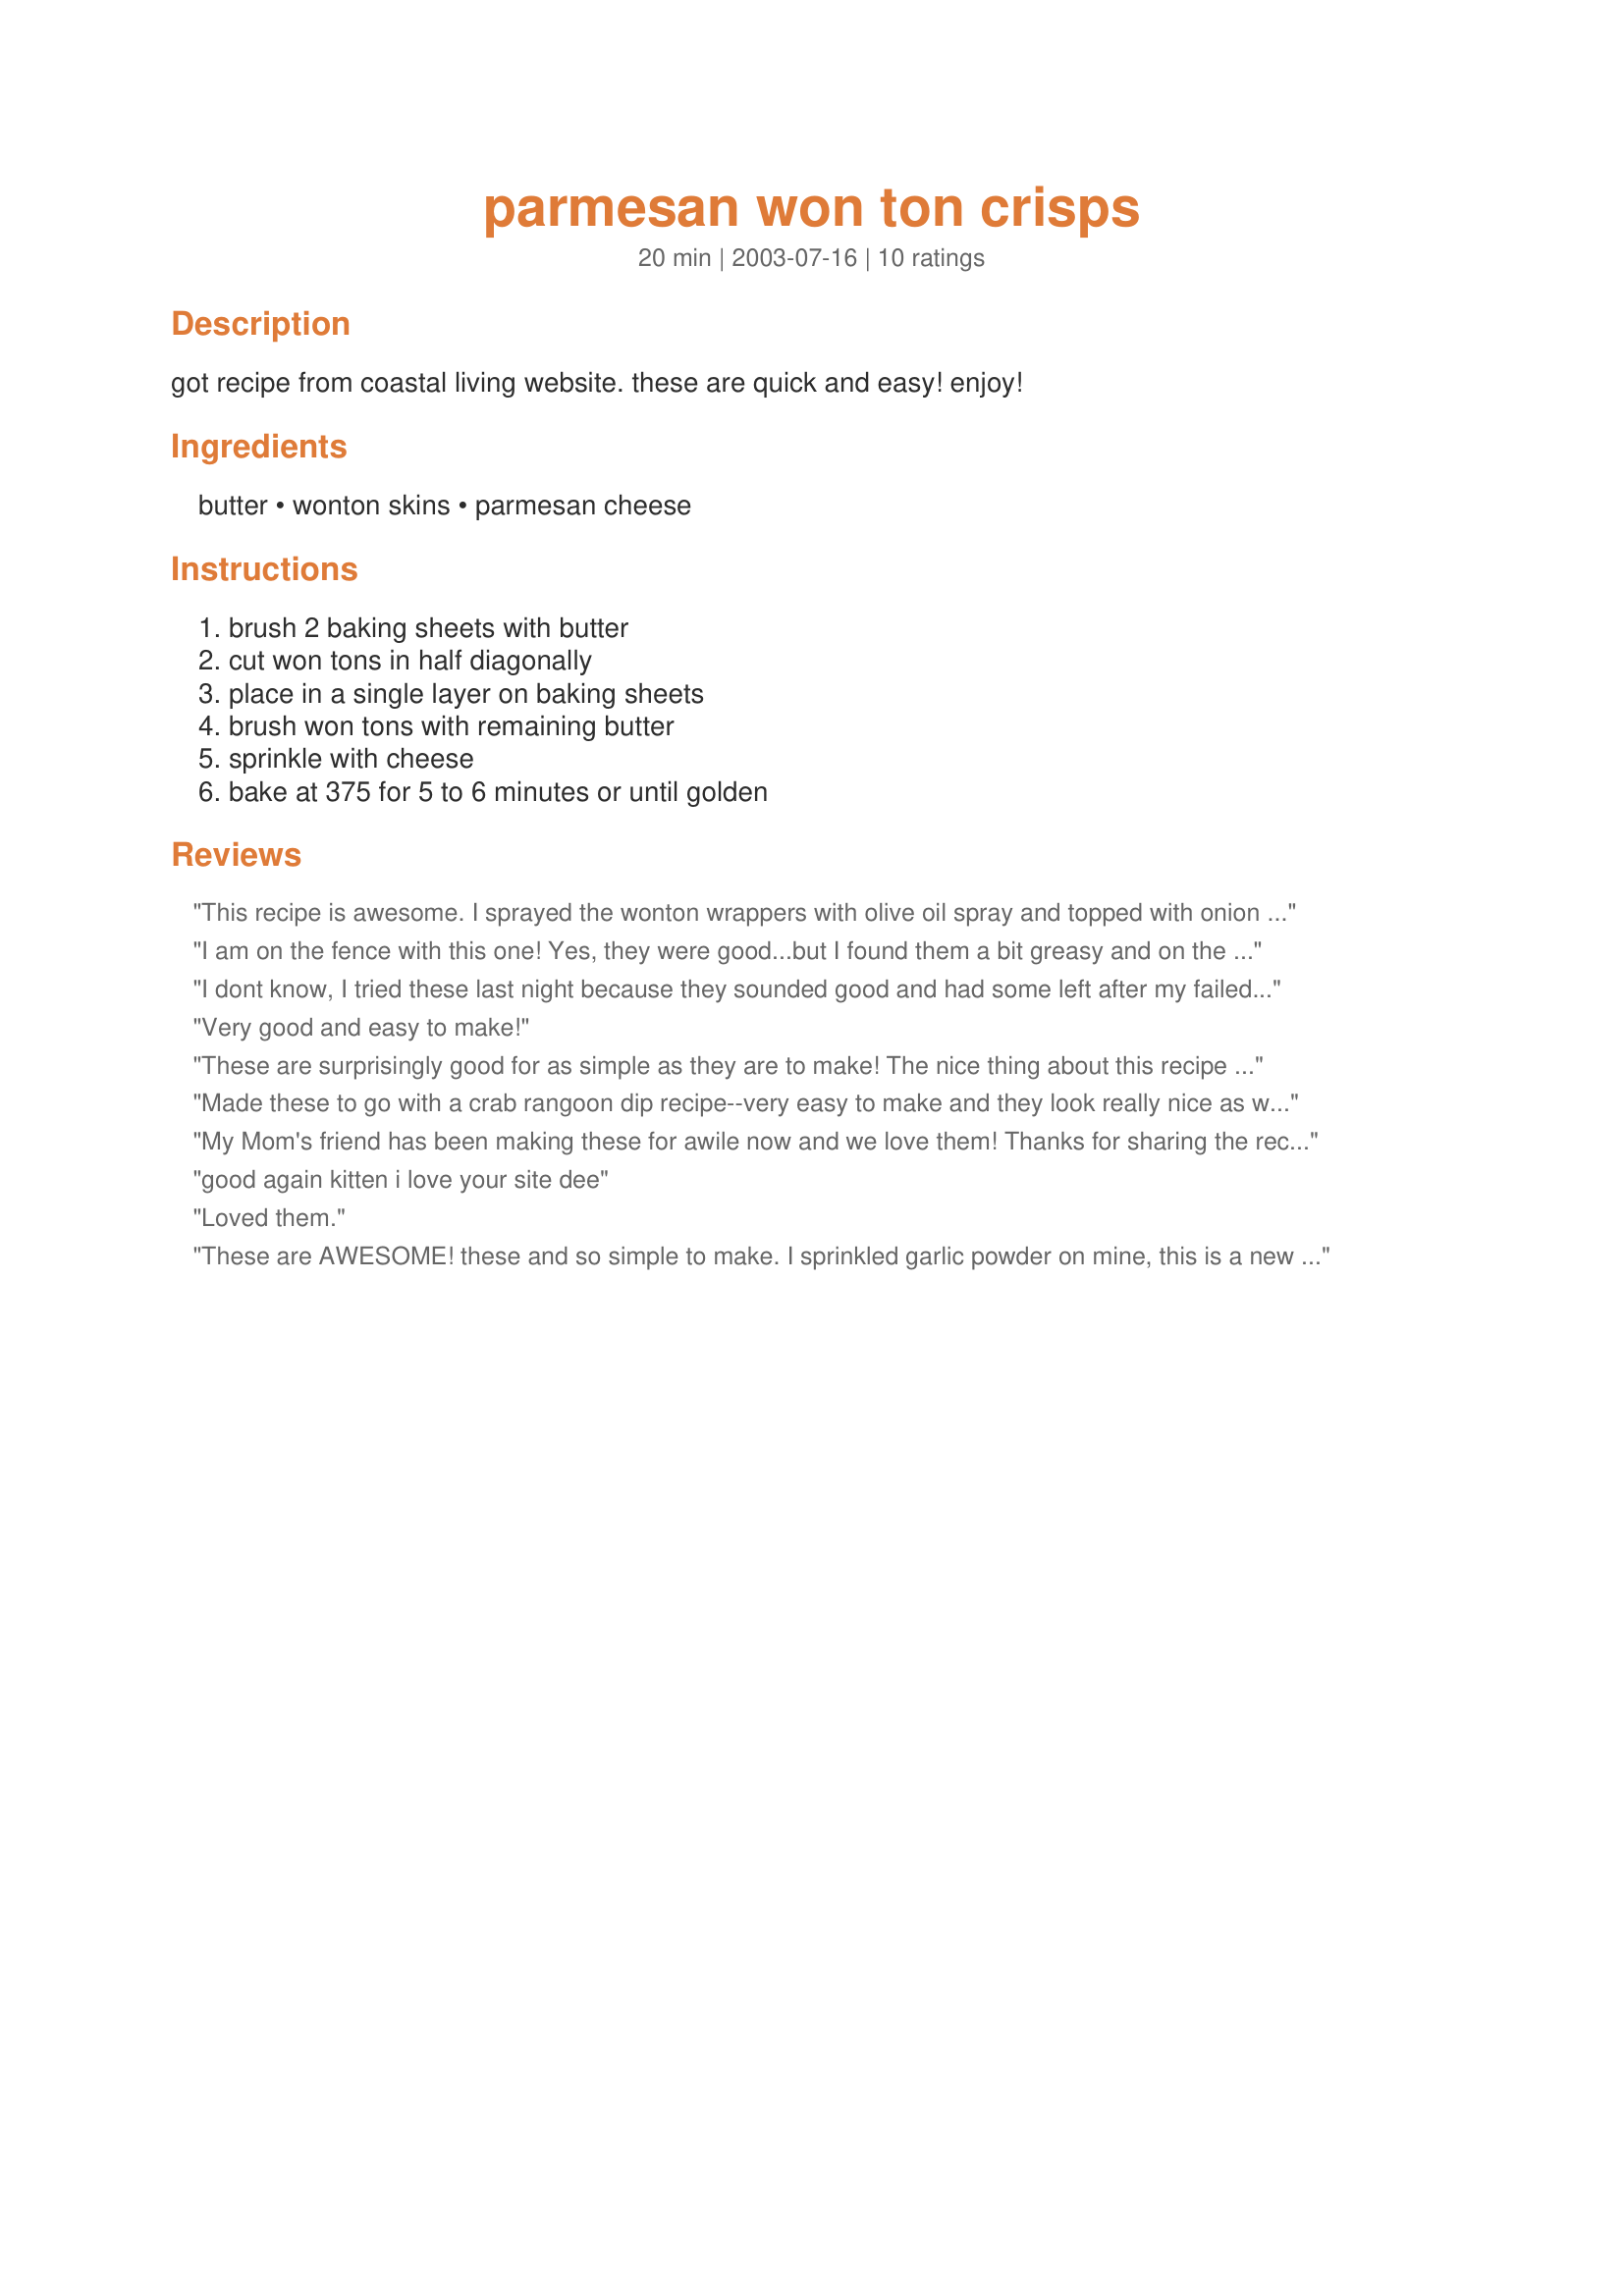
parmesan won ton crisps
Preparation time: 20 minutes

got recipe from coastal living website. these are quick and easy! enjoy!

Ingredients:
butter, wonton skins, parmesan cheese

Steps:
brush 2 baking sheets with butter, cut won tons in half diagonally, place in a single layer on baking sheets, brush won tons with remaining butter, sprinkle with cheese, bake at 375 for 5 to 6 minutes or until golden

Reviews:
This recipe is awesome. I sprayed the wonton wrappers with olive oil spray and topped with onion salt. My kids loved this. A definate keeper- thank you!
I am on the fence with this one! Yes, they were good...but I found them a bit greasy and on the fragil side. I had some won ton wrappers leftover from another recipe, so I tried 6 as a tester. Not bad...but they didn't "wow" me!!!
I dont know, I tried these last night because they sounded good and had some left after my failed attempt at wonton soup (LOL)
So I baked off a bunch and after 6 minutes got them and they were burnt...so I tried them again and when they started turning brown I took them out but they were way too chewy. Should I have left them in for longer? would they have become like a chip??Or are they chewy?
I am not sure if I will make these again, I will write in if I do and perfect it...

Very good and easy to make!
These are surprisingly good for as simple as they are to make! The nice thing about this recipe is that you can make as many (or as few) as you like. I wanted to try this out first so I just did three wontons (making 6 chips). I sure gobbled those up fast enough! Anything crispy and salty is on my wish list! You could probably dip these in some sour cream & onion or dill dip, but honestly they are good all alone. Thanks, Seahorse - I sure needed something else to snack on :)!
Made these to go with a crab rangoon dip recipe--very easy to make and they look really nice as well. The parmesan gives a nice added touch. Thanks for sharing.
My Mom's friend has been making these for awile now and we love them! Thanks for sharing the recipe!!
good again kitten i love your site dee

Loved them.
These are AWESOME! these and so simple to make. I sprinkled garlic powder on mine, this is a new favorite! thanks Kitty!
